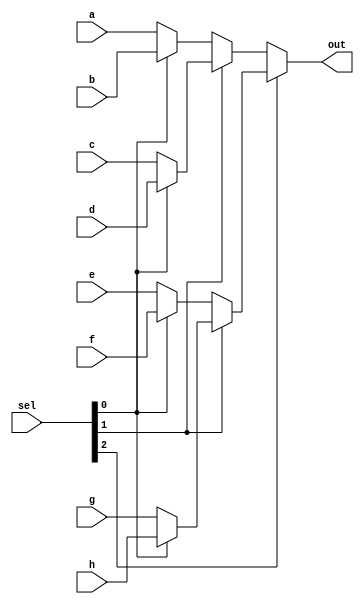
`timescale 1ns / 1ps
//////////////////////////////////////////////////////////////////////////////////
// Company: 
// Engineer: 
// 
// Design Name: 
// Module Name: mux_8_1
// Project Name: 
// Target Devices: 
// Tool Versions: 
// Description: 
// 
// Dependencies: 
// 
// Revision:
// Revision 0.01 - File Created
// Additional Comments:
// 
//////////////////////////////////////////////////////////////////////////////////


module mux_8_1(input wire a, b, c, d, e, f, g, h, input wire [2:0] sel, output wire out);
assign out = sel[2] ? (sel[1] ? (sel[0] ? h : g) : (sel[0] ? f : e)) : (sel[1] ? (sel[0] ? d : c) : (sel[0] ? b : a));
endmodule